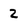
Character: 2